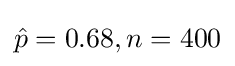
{\hat {p}}=0.68,n=400